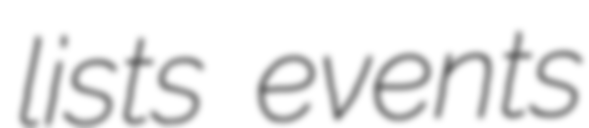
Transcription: lists events